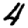
Digit: 4